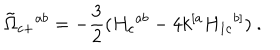
{ \tilde { \Omega } } _ { c + } { } ^ { a b } = - { \frac { 3 } { 2 } } ( H _ { c } { } ^ { a b } - 4 k ^ { [ a } H _ { 1 c } { } ^ { b ] } ) \ .